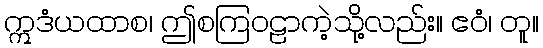
ဣဒံယထာစ၊ ဤစကြဝဠာကဲ့သို့လည်း။ ဧဝံ၊ တူ။